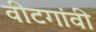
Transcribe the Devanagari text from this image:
वीटगांवी